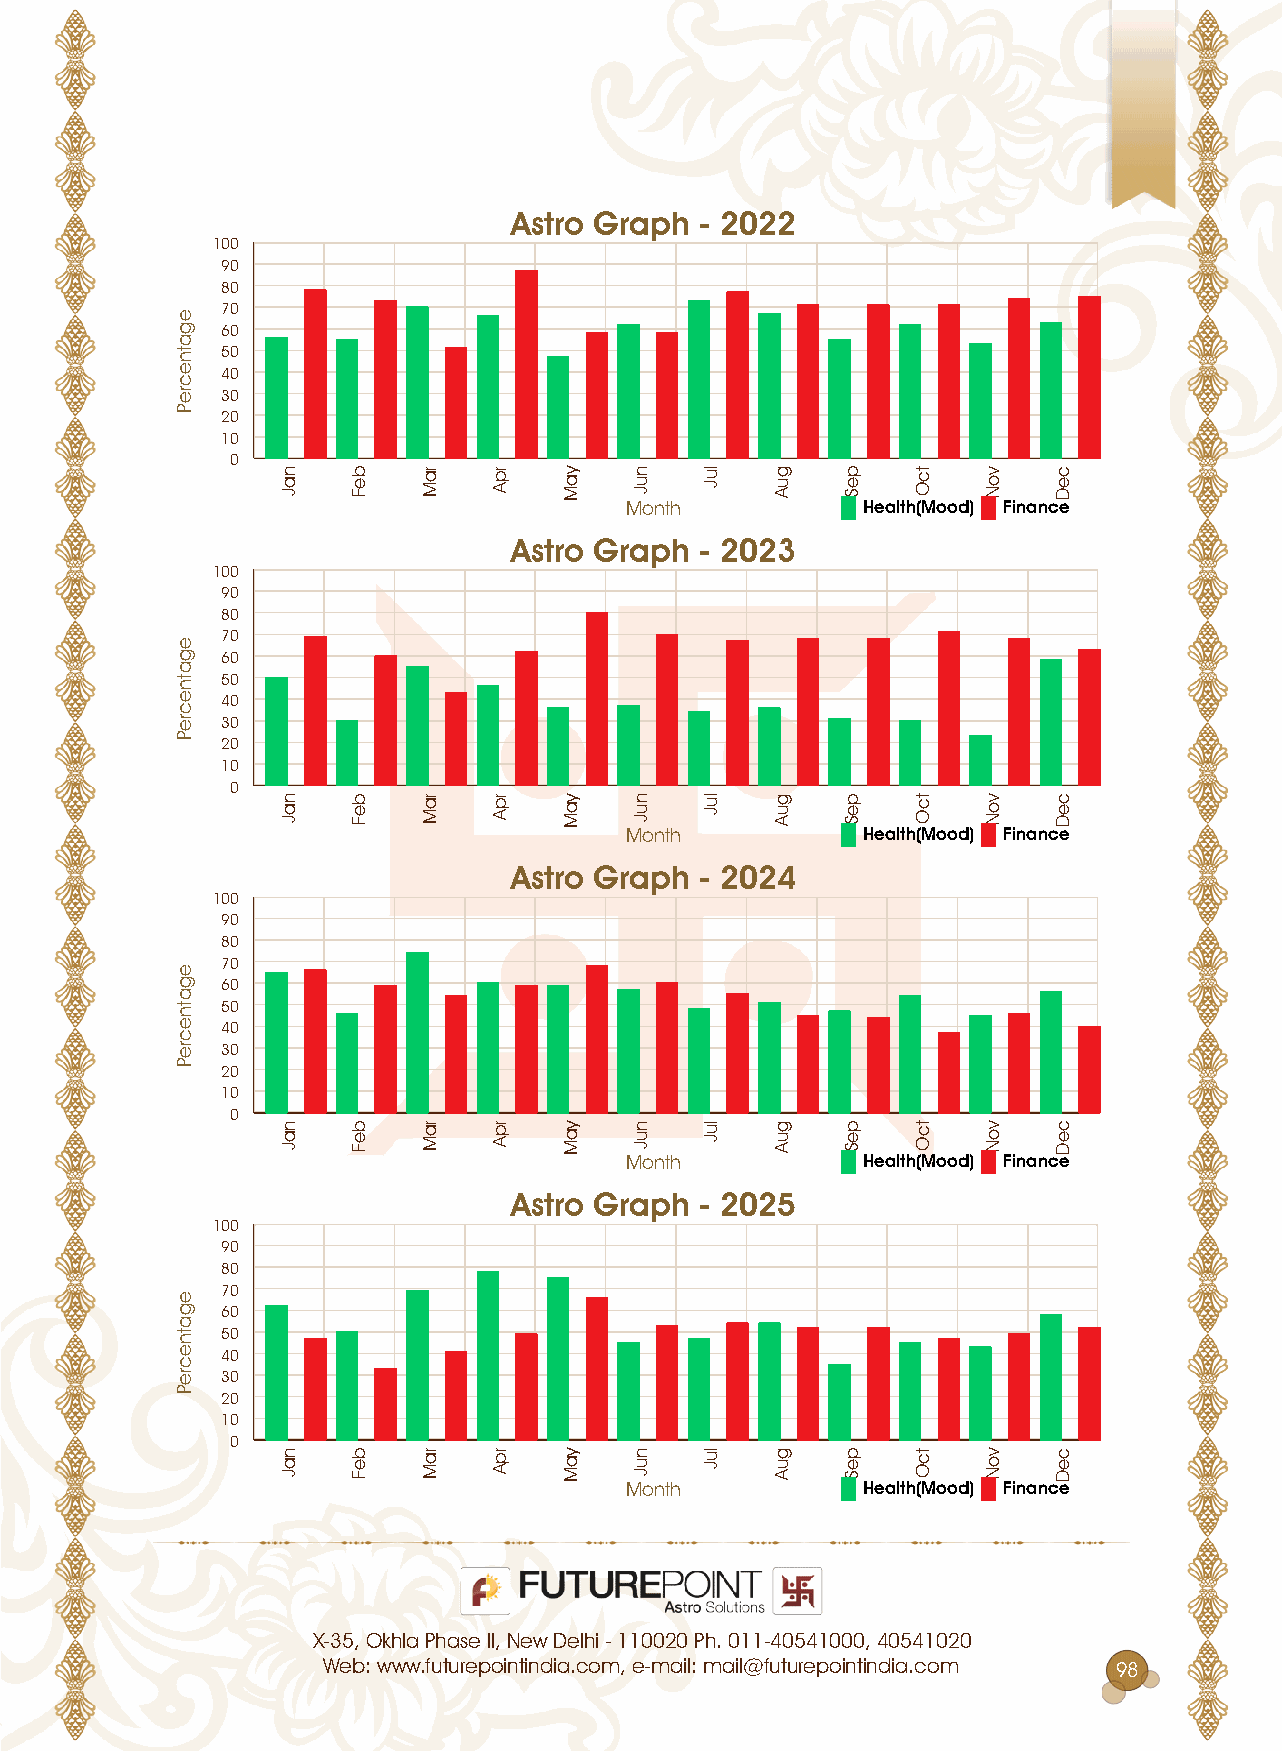
ash0ssk0sehsss0000
 777
 77
 77
 77
 17
 77
 07
 07
 07
 77
 7
 7emm0           rssshh)ssss) assssrs
 ash0ssk0sehsss0007
 777
 77
 77
 77
 17
 77
 07
 07
 07
 77
 7
 7emm0           rssshh)ssss) assssrs
 ash0ssk0sehsss0004
 777
 77
 77
 77
 17
 77
 07
 07
 07
 77
 7
 7emm0           rssshh)ssss) assssrs
 ash0ssk0sehsss0007
 777
 77
 77
 77
 17
 77
 07
 07
 07
 77
 7
 7emm0           rssshh)ssss) assssrs
 0007070000p7p0p0p700070p070p0007077777077p0077770077077770707707707
 mpmM70000mmmmpppe0mm0mp0p0mem07p0mp00M7mp00mmmmmpppe0mm0mp0p0mem 77
 p
 pmmpmppp
 p
 pmmpmppp
 p
 pmmpmppp
 p
 pmmpmppp
 mpe
 mpe
 mpe
 mpe
 mpe
 mpe
 mpe
 mpe
 pp7
 pp7
 pp7
 pp7
 ppM
 ppM
 ppM
 ppM
 ep7
 ep7
 ep7
 ep7
 mme
 mme
 mme
 mme
 0me
 0me
 0me
 0me
 mM
 mM
 mM
 mM
 pp
 pp
 pp
 pp
 mm0
 mm0
 mm0
 mm0
 e0
 e0
 e0
 e0
 mp0
 mp0
 mp0
 mp0